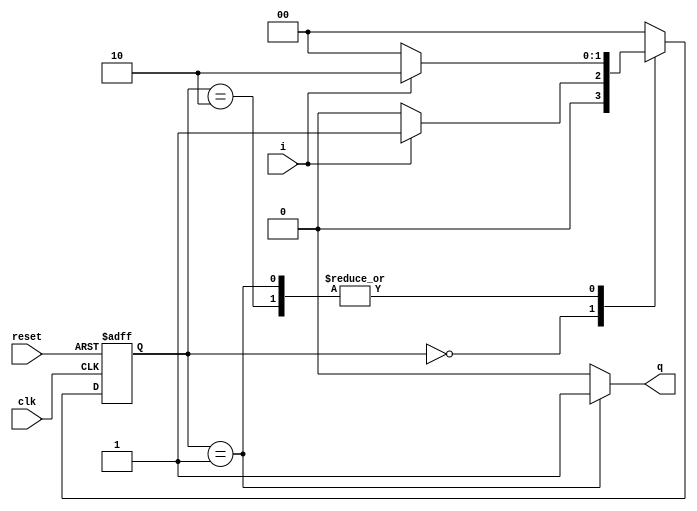
module ex19(output wire q, 
	    input wire i, 
	    input wire clk, 
	    input wire reset);

  reg rq;


  reg [1:0] state, state_next;

  localparam s0 = 2'b00, s1 = 2'b01, s2 = 2'b10;

  always @(posedge clk or posedge reset)
    if (reset)
      state <= s0;
    else
      state <= state_next;

  always @(*)
    begin
       state_next = s0;
       case (state)
	 s0:
	   if (i == 1'b1)
	     state_next = s1;
	   else
	     state_next = s0;
	 s1:
	   if (i == 1'b1)
	     state_next = s2;
	   else
	     state_next = s0;
	 s2:
	   if (i == 1'b1)
	     state_next = s2;
	   else
	     state_next = s0;
       endcase
    end

   always @(*)
     begin
	rq = 1'b0;
	case (state)
	  s0:  rq = 1'b0;
	  s1:  rq = 1'b1;
	  s2:  rq = 1'b0;
	endcase
     end

   assign q = rq;
   
endmodule